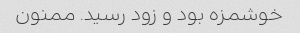
خوشمزه بود و زود رسید. ممنون